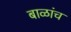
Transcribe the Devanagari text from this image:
बाळांच